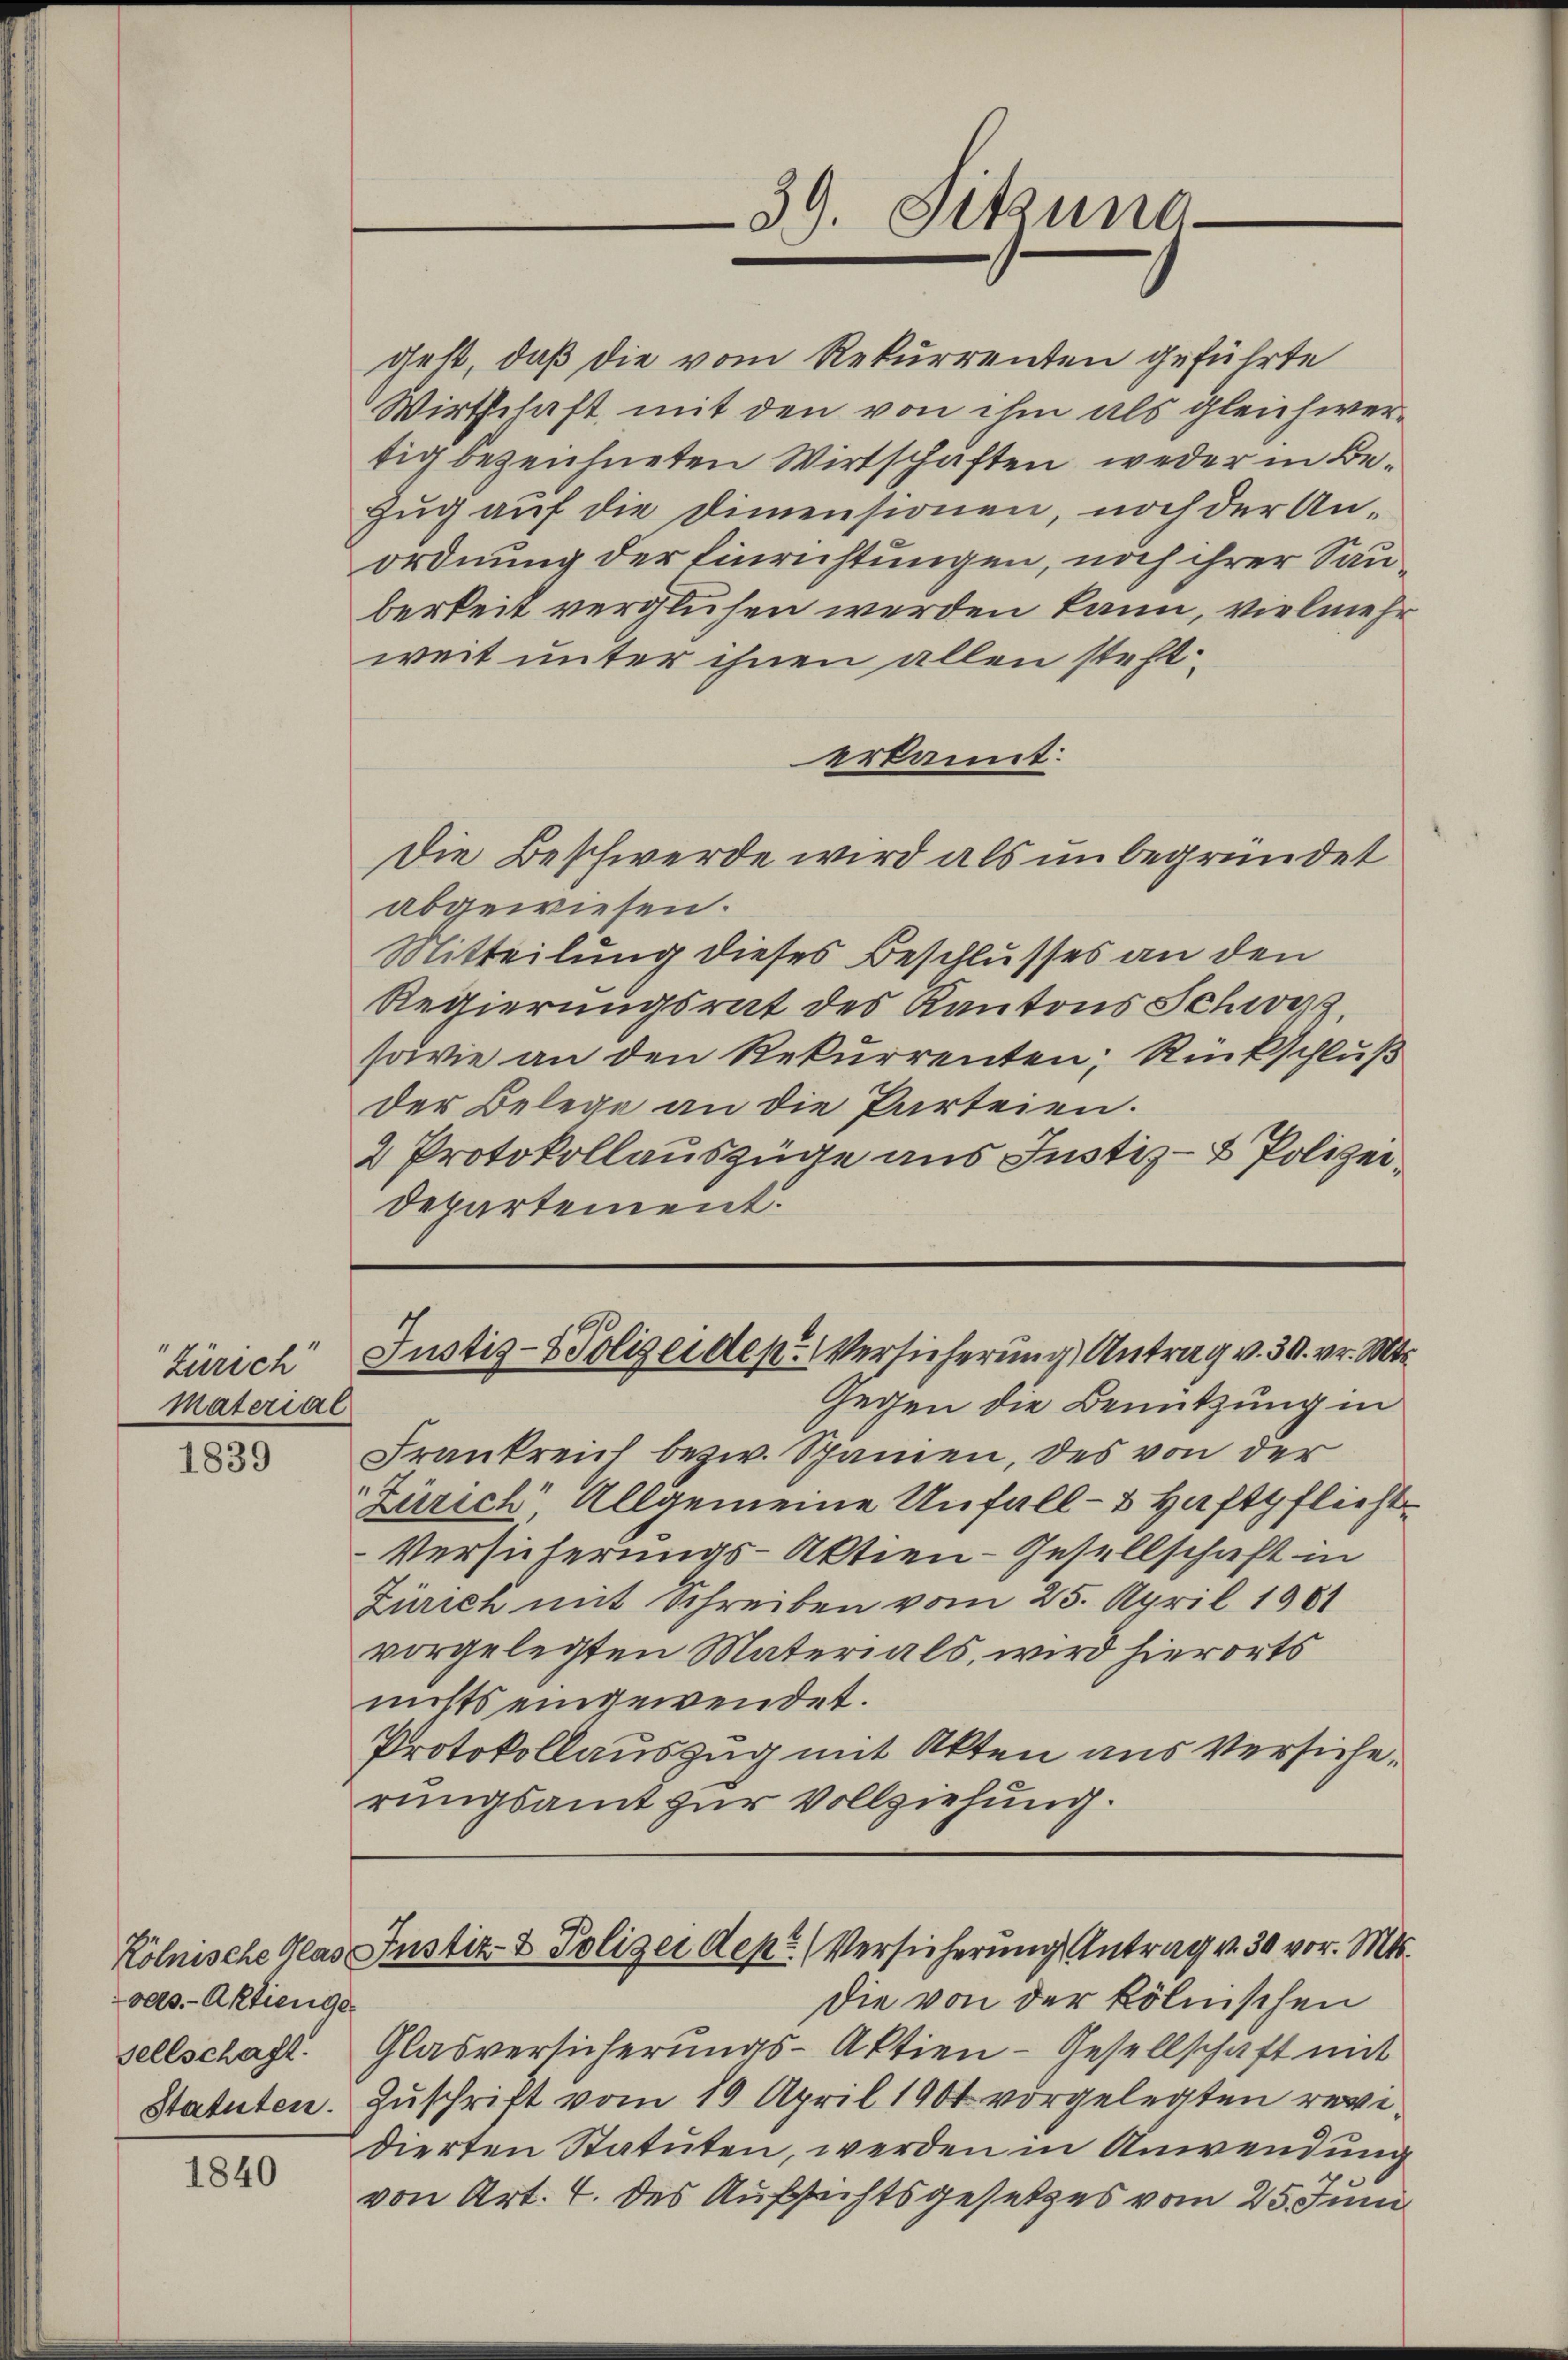
Zürich
material

1839

vers.- Aktienger
sellschaft.
Statuten.

1840

39. Sitzung

Justiz- & Polizeide pr. Versicherung Antrag v. 30. v. Mts.

dest, daß die vom Rekurrenten geführte
Wirtschaft mit den von ihm als gleichwertig bezeichneten Wirtschaften, weder in Be¬
Zug auf die Dimensionen, noch der Anordnung der Einrichtungen, noch ihrer Sauberkeit verglühen werden kann, vielmehr
weit unter ihnen allen stefterkannt:
Die Beschwerde wird als unbegründet
abgewiesen.
Mitteilung dieses Beschlusses an den
Regierungsrat des Kantons Schweiz,
sowie an den Rekurrenten; Rückschluß
der Belege an die Parteien.
2 Protokollauszüge aus Justiz- & Polizeidepartement.

Kölnische Glas Justiz- & Polizei dept. (Versicherung Antrag v. 30 vor. Mts.

Gegen die Benützung in
Frankreich bezw. Spanien, des von der
Zürich Allgemeine Unfall-3 Haftpflicht¬
Versicherungs-Aktien-Gesellschaft in
Zürich mit Schreiben vom 25. April 1961
vorgelegten Materials, wird hierorts
nichts eingewendet.
Protokollauszug mit Akten aus Versiche,
rungsamt zur Vollziehung.

die von der kölnischen
Glasversicherungs-Aktien-Gesellschaft mit
Zuschrift vom 19. April 1901 vorgelegten revidierten Statuten, werden in Anwendung
von Art. 4. des Aufsichtsgesetzes vom 25. Juni